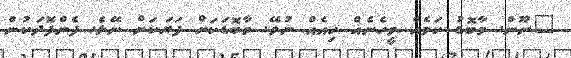
"ނޫން. މާބޮޑު ކަމެއް ވީހެނެއް ހިއެއް ނުވޭ. މާބޮޑަކަށް ފަޔަކަށް ނޭޅެ. ފެންފޮދަކުން